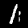
Label: 1